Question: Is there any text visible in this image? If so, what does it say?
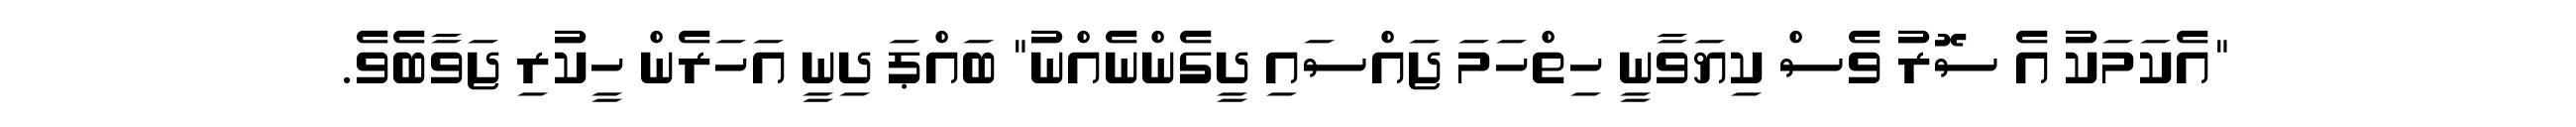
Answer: "އެކަމަކު އެ ސޮރު ވެސް ކިޔަވާނީ ހިތްހަމަ ޖައްސައި ދީގެންނެއްނު" ބައްޕަ ދިނީ އަހަރެން ހީކުރި ޖަވާބެވެ.